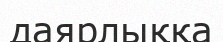
даярлыққа